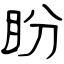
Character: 盼